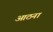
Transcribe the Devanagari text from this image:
आठना